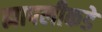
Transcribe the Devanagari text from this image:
ह्यापलीकडे